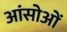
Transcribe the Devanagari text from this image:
आंसोओं